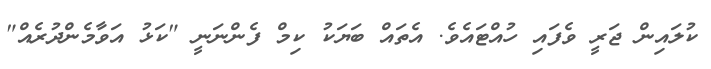
ކުލައިން ޖަރީ ވެފައި ހުއްޓައެވެ. އެތައް ބަޔަކު ކިމް ފެންނަނީ "ކަޅު އަވާމެންދުރެއް"